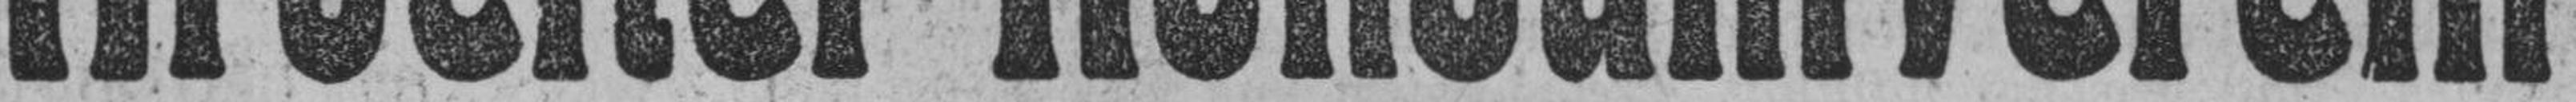
Arbeiter-Konsumverein